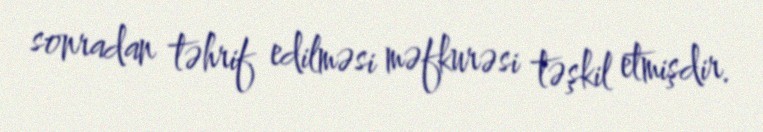
sonradan təhrif edilməsi məfkurəsi təşkil etmişdir.